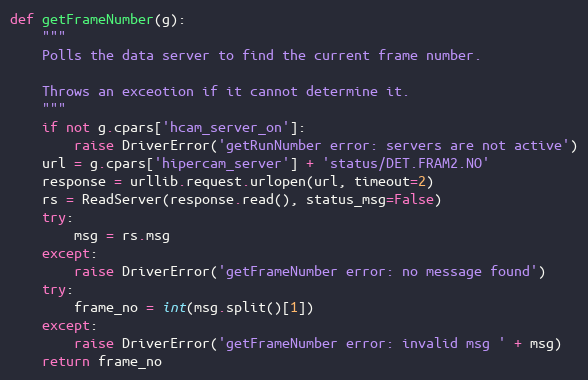
Language: Python
def getFrameNumber(g):
    """
    Polls the data server to find the current frame number.

    Throws an exceotion if it cannot determine it.
    """
    if not g.cpars['hcam_server_on']:
        raise DriverError('getRunNumber error: servers are not active')
    url = g.cpars['hipercam_server'] + 'status/DET.FRAM2.NO'
    response = urllib.request.urlopen(url, timeout=2)
    rs = ReadServer(response.read(), status_msg=False)
    try:
        msg = rs.msg
    except:
        raise DriverError('getFrameNumber error: no message found')
    try:
        frame_no = int(msg.split()[1])
    except:
        raise DriverError('getFrameNumber error: invalid msg ' + msg)
    return frame_no